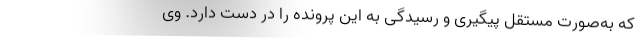
که به‌صورت مستقل پیگیری و رسیدگی به این پرونده را در دست دارد. وی